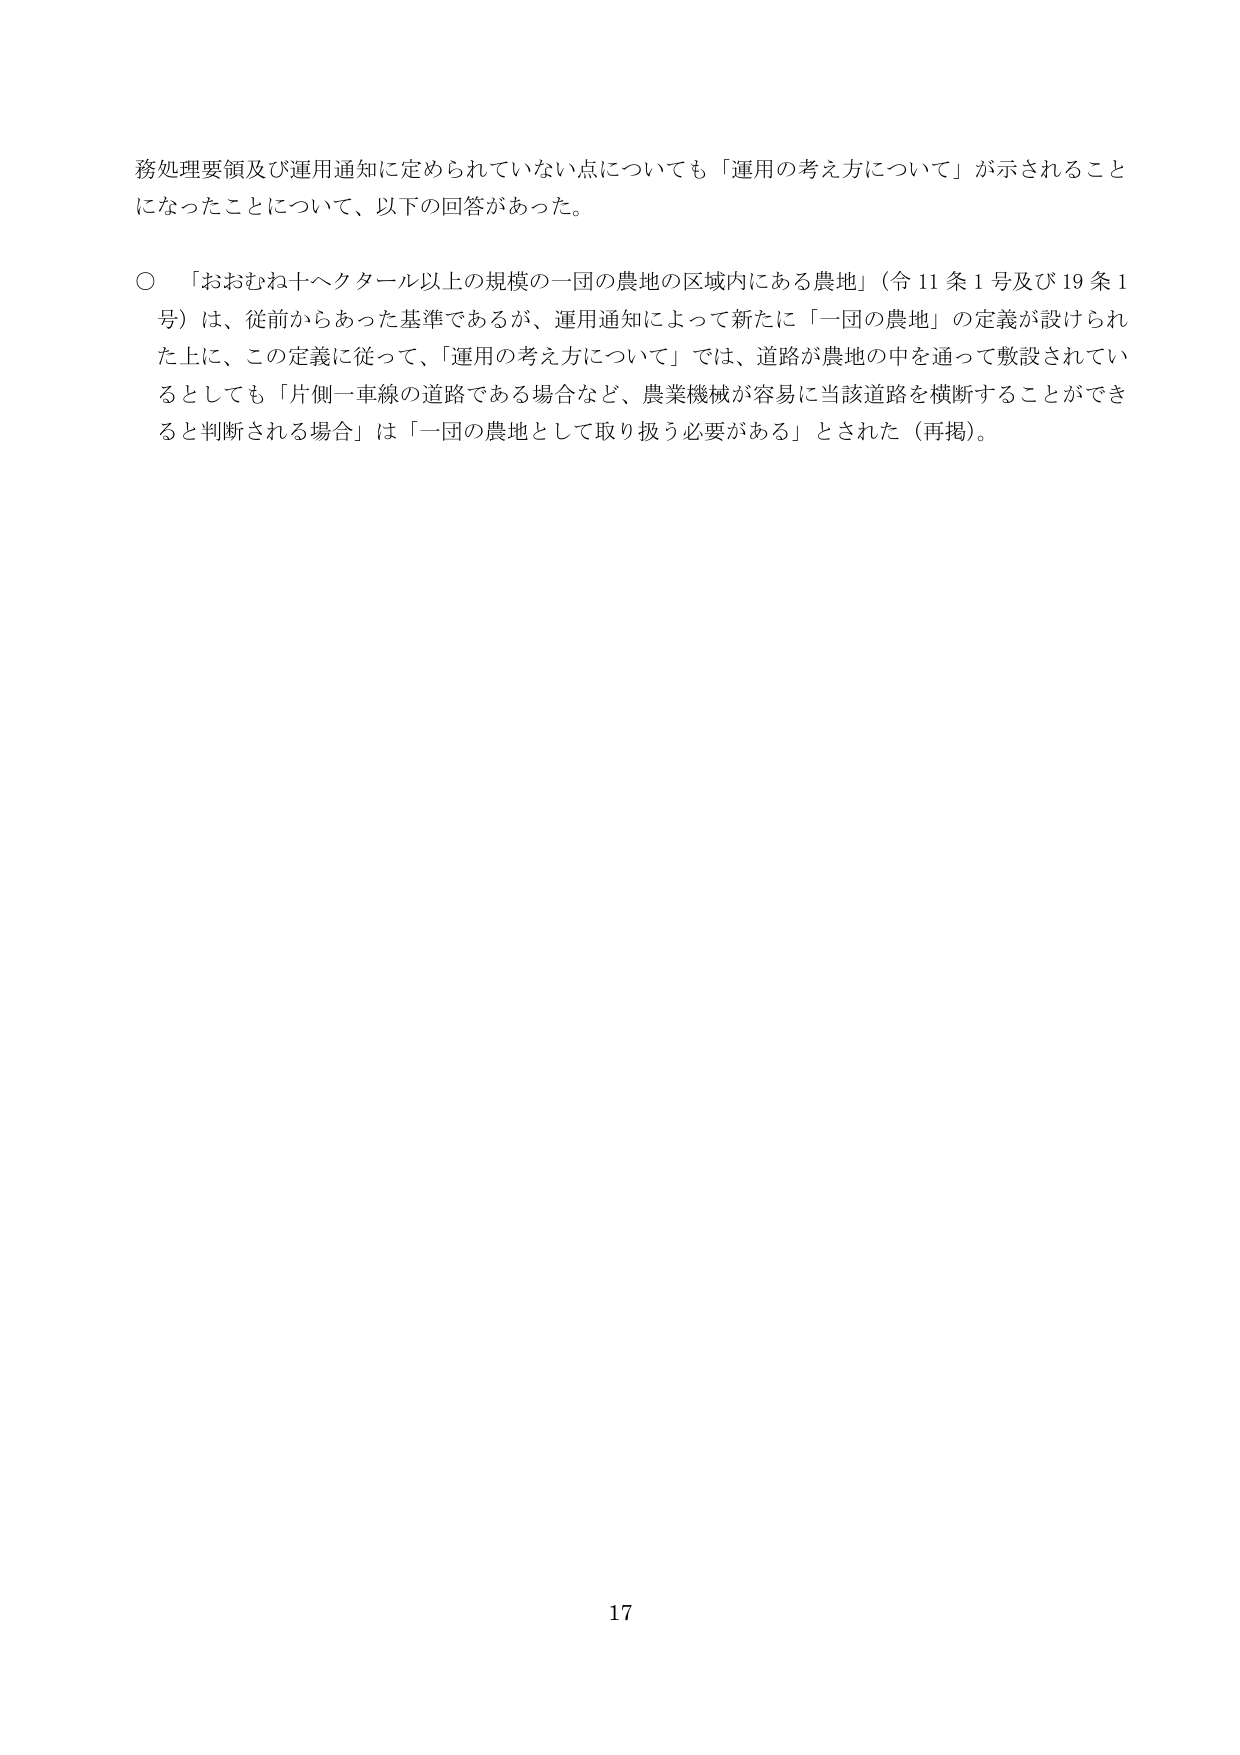
務処理要領及び運用通知に定められていない点についても「運用の考え方について」が示されることになったことについて、以下の回答があった。

○ 「おおむね十ヘクタール以上の規模の一団の農地の区域内にある農地」（令11条1号及び19条1号）は、従前からあった基準であるが、運用通知によって新たに「一団の農地」の定義が設けられた上に、この定義に従って、「運用の考え方について」では、道路が農地の中を通って敷設されているとしても「片側一車線の道路である場合など、農業機械が容易に当該道路を横断することができると判断される場合」は「一団の農地として取り扱う必要がある」とされた（再掲）。

17